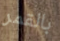
بالقمر